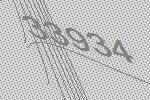
33934